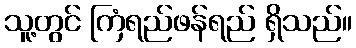
သူ့တွင် ကြံရည်ဖန်ရည် ရှိသည်။